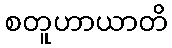
စတူဟာယာတိ